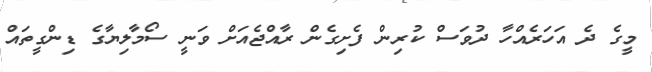
މީގެ ދެ އަހަރެއްހާ ދުވަސް ކުރިން ފެށިގެން ރާއްޖެއަށް ވަނީ ސޯމާލިޔާގެ ޑިންގީތައް